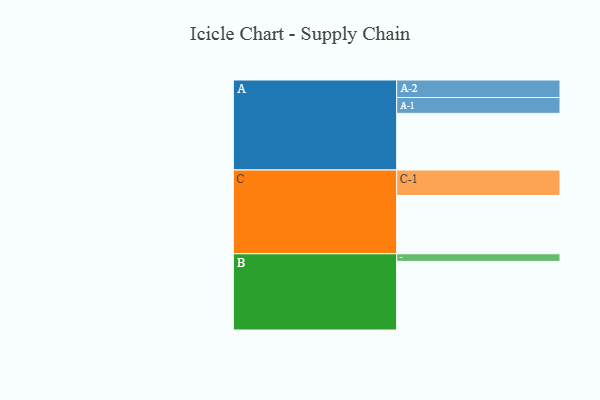
{"axis": {"x": "Segment", "y": "Value"}, "legend": ["", "A", "B", "C"], "data": [{"x": "A", "y": 407, "type": ""}, {"x": "B", "y": 493, "type": ""}, {"x": "C", "y": 419, "type": ""}, {"x": "A-1", "y": 114, "type": "A"}, {"x": "A-2", "y": 126, "type": "A"}, {"x": "B-1", "y": 55, "type": "B"}, {"x": "C-1", "y": 183, "type": "C"}]}